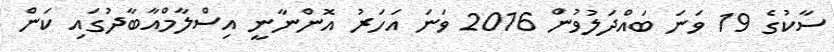
ސާކުގެ 19 ވަނަ ބައްދަލުވުން 2016 ވަނަ އަހަރު އޮންނާނީ އިސްލާމްއާބާދުގައި ކަން